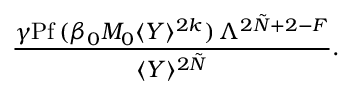
\frac { \gamma \mathrm { P f } \, ( \beta _ { 0 } M _ { 0 } \langle Y \rangle ^ { 2 k } ) \, \Lambda ^ { 2 \tilde { N } + 2 - F } } { \langle Y \rangle ^ { 2 \tilde { N } } } .